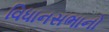
વિધાનસભાનો